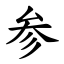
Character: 参